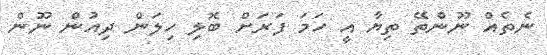
ނެތެއް ނޫންތޭ ތިޔާ އީ ހަމަ ފަރަށް ބޮލި ހިލަން ދިއުން ނޫން